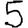
Digit: 5